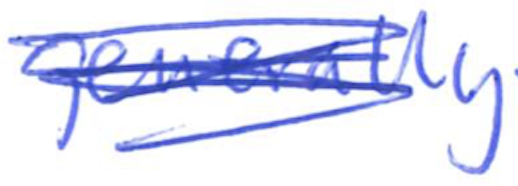
Text: generally
Cross-out: scratch
Writing tool: ballpoint